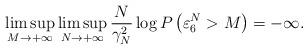
LaTeX: \begin{align*}\limsup_{M\rightarrow+\infty}\limsup_{N\rightarrow+\infty}\frac{N}{\gamma^2_N}\log P\left(\varepsilon_6^N>M\right)=-\infty.\end{align*}